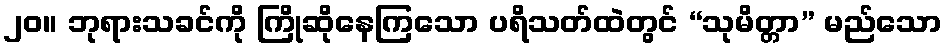
၂၀။ ဘုရားသခင်ကို ကြိုဆိုနေကြသော ပရိသတ်ထဲတွင် “သုမိတ္တာ” မည်သော